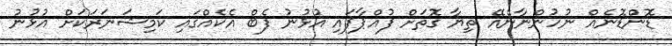
ޑޮންޑޮނެއް ނުހުންނާނެއޭ ތިޔާ ގޮތަށް ފުއްޕާފައި އުޅުނު ފެބް އެކެއްގައި ކަމިޝަނަރަކަށް އުޅުނު